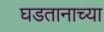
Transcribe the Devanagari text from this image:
घडतानाच्या